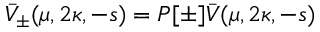
\bar { V } _ { \pm } ( \mu , 2 \kappa , - s ) = P [ \pm ] \bar { V } ( \mu , 2 \kappa , - s )